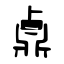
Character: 鼑